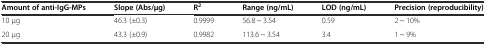
| Amount of anti-IgG-MPs | Slope (Abs/μg) | R2 | Range (ng/mL) | LOD (ng/mL) | Precision (reproducibility) |
 | --- | --- | --- | --- | --- | --- |
 | 10 μg | 46.3 (±0.3) | 0.9999 | 56.8 ~ 3.54 | 0.59 | 2 ~ 10% |
 | 20 μg | 43.3 (±0.9) | 0.9982 | 113.6 ~ 3.54 | 3.4 | 1 ~ 9% |